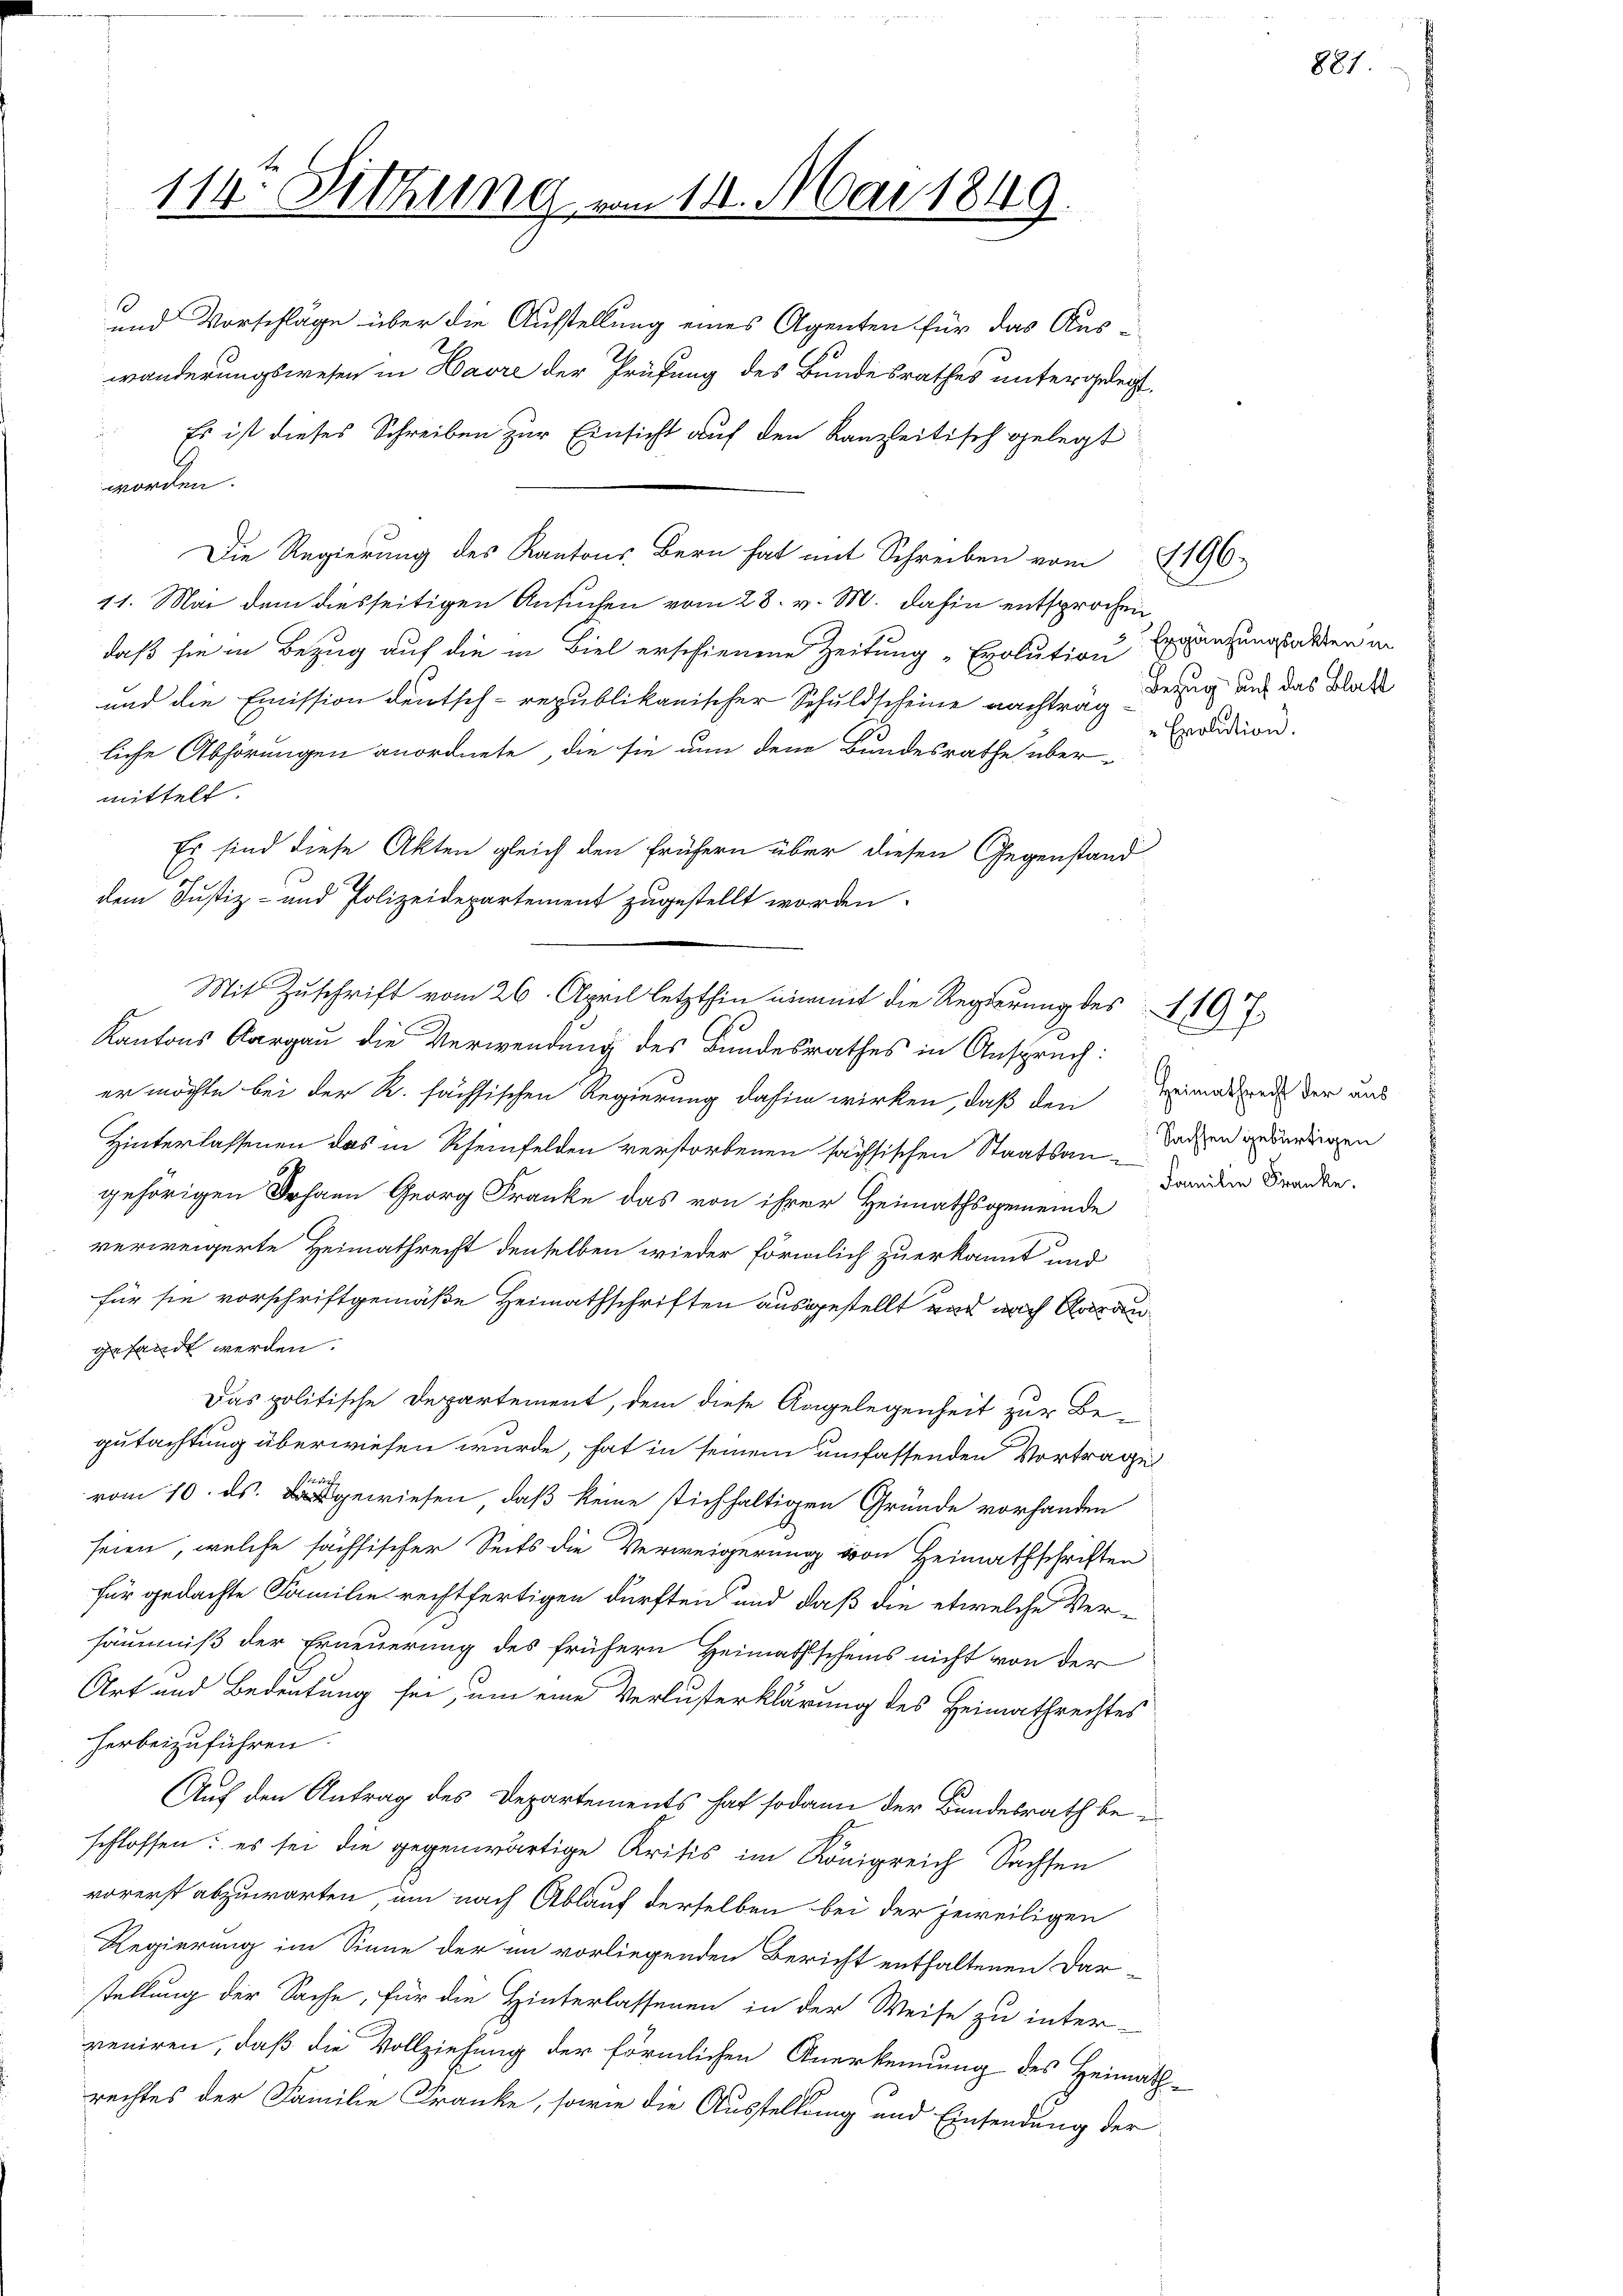
worden.
Die Regierung des Kantons Bern hat mit Schreiben vom 1196.
11. Mai dem diesseitigen Ansuchen vom 28. v. M. dahin entsprochen,
daß sie in Bezug auf die in Biel erschienene Zeitung „Exolution
und die Emission deutsch-republikanischer Schuldscheine nachtrag Bezug und das Blatt
liche Abhörungen anordnete, die sie nun den Bundesrathe über-
mittelt.
Es sind diese Akten gleich den frühern über diesen Gegenstand
dem Justiz- und Polizeidepartement zugestellt worden.
Kantons Aargau die Verwendung des Bundesrathes in Anspruch:
er möchte bei der R. fachsischen Regierung dahin wirken, daß den
Hinterlassenen das in Scheinfelden verstorbenen sachsischen Staatsangehörigen Johann Georg Franke das von ihrer Heimathsgemeinde
verweigerte Heimathrecht denselben wieder förmlich zu erkannt und
für sie vorschriftgemäße Heimathschriften ausgestellt und nach Aarau
gesandt werden.
Das politische Departement, dem diese Angelegenheit zur Begutachtung überwiesen wurde, hat in seinem umfassenden Vortrage
vom 10. ds. gewiesen, daß keine stichhaltigen Gründe vorhanden
seien, welche sächsischer Seits die Verweigerung von Heimathschriften
für gedachte Familie rechtfertigen dürften und daß die etwelche Ver-
säumniß der Erneuerung des frühern Heimathscheins nicht von der
Art und Bedeutung sei, um eine Verlusterklärung des Heimathrechtes
herbeizuführen.
Auf den Antrag des Departements hat sodann der Bundesrath bei
schlossen: es sei die gegenwärtige Kritis im Königreich Sachsen
vorerst abzuwarten, um nach Ablauf derselben bei der jeweiligen
Regierung im Sinne der im vorliegenden Bericht enthaltenen Dar-
stellung der Sache, für die Hinterlassenen in der Weise zu inter-
veniren, daß die Vollziehung der förmlichen Anerkennung des Heimath-
rechtes der Familie Franke, sowie die Ausstellung und Einsendung der

114. Sitzung vom 11. Mai 1849

10
und Vorschläge über die Aufstellung eines Agenten für das Auswänderungswesen in Havre der Prüfung des Bundesrathes untergelegt.
.
Es ist dieses Schreiben zur Einsicht auf den Kanzleitisch gelegt
l

Mit Zuschrift vom 26. April letzthin unmit die Regierung des 110 f

Ergänzungsakten in
Evolution.

Heimathrecht der aus
Sachsen gebürtigen
Familie Franke.

881.